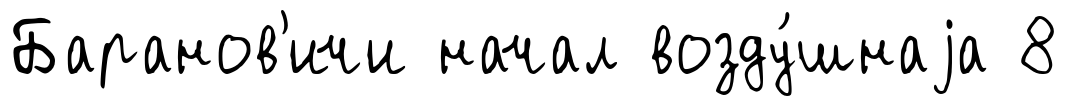
Баранов'ичи начал возду́шнаjа 8